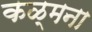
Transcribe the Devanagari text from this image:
कळ्मना